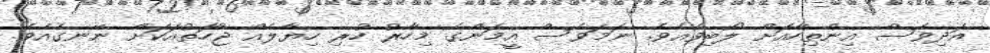
އަދިވެސް އިންތިހާއަށް ލޯބިވެއެވެ. ނަމަވެސް އީމަންގެ މިހާރު ހުރި ހިޔާލެއް ޖާހަތުއަކަށް ނޭނގެއެވެ.